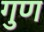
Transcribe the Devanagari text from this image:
गुण